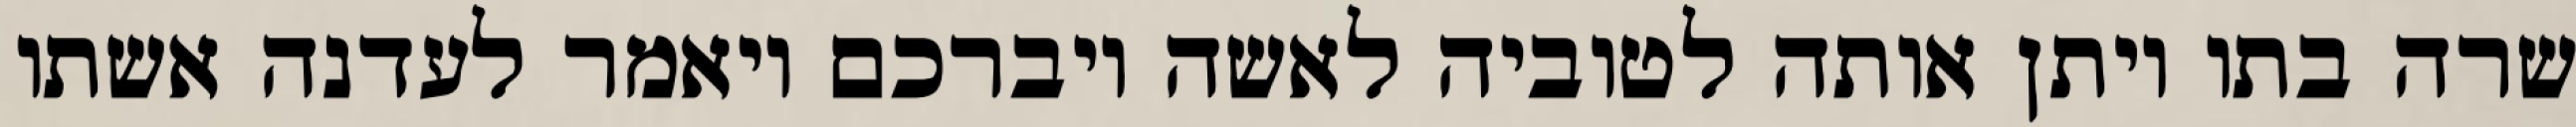
שרה בתו ויתן אותה לטוביה לאשה ויברכם ויאמר לעדנה אשתו